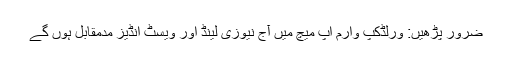
ضرور پڑھیں: ورلڈکپ وارم اپ میچ میں آج نیوزی لینڈ اور ویسٹ انڈیز مدمقابل ہوں گے